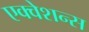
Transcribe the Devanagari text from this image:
एक्वेशन्स